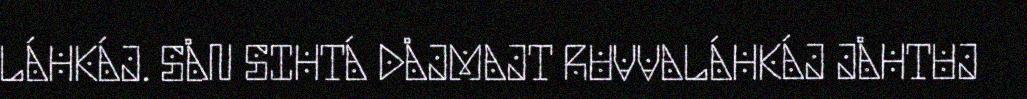
LÁHKÁJ. SÅN SIHTÁ DÅJMAJT RUVVALÁHKÁJ JÅHTUJ